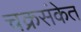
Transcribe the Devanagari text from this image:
चक्रसंकेत